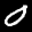
Label: 0